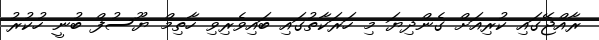
ރާއްޖޭގައި ކުރިއަށް ގެންދިޔަ މި ހަރަކާތުގައި ބައިވެރިވި ހާތިމް ޔޫސުފް ބުނީ ހުކުރު